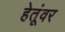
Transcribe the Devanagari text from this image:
हेतूंवर